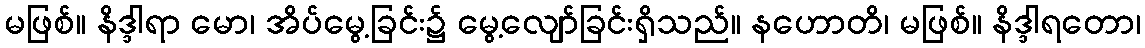
မဖြစ်။ နိဒ္ဒါရာ မော၊ အိပ်မွေ့ခြင်း၌ မွေ့လျော်ခြင်းရှိသည်။ နဟောတိ၊ မဖြစ်။ နိဒ္ဒါရတော၊